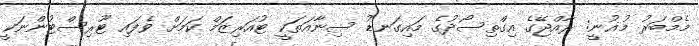
މެމްބަރު މުޣުނީ: ރާއްޖޭގެ އިގްތިސޯދުގެ މައިގަނޑު ސިނާއަތަކީ ޓުއަރިޒަމް ކަމަށް ވެފައި ޓޫރިސްޓުންނަކީ